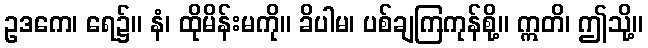
ဥဒကေ၊ ရေ၌။ နံ၊ ထိုမိန်းမကို။ ခိပါမ၊ ပစ်ချကြကုန်စို့။ ဣတိ၊ ဤသို့။